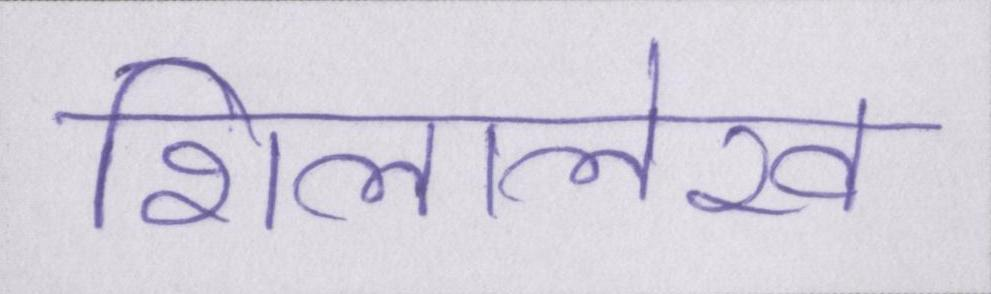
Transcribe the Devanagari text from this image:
शिलालेख